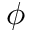
\phi